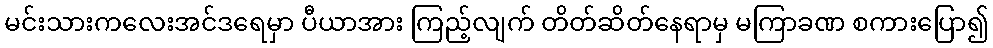
မင်းသားကလေးအင်ဒရေမှာ ပီယာအား ကြည့်လျက် တိတ်ဆိတ်နေရာမှ မကြာခဏ စကားပြော၍